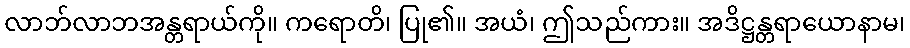
လာဘ်လာဘအန္တရာယ်ကို။ ကရောတိ၊ ပြု၏။ အယံ၊ ဤသည်ကား။ အဒိဋ္ဌန္တရာယောနာမ၊